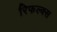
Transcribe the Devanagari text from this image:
रिफल्क्स